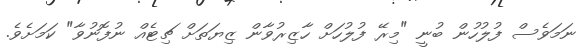
ނަމަވެސް ފުލުހުން ބުނީ "މިރޭ ފުލުހަށް ހާޒިރުވާން ޒިޔަތަށް ޗިޓެއް ނުފޮނުވާ" ކަމަށެވެ.